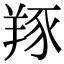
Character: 𦎇